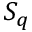
S _ { q }